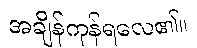
အချိန်ကုန်ရလေ၏။